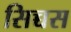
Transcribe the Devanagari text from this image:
सिच्चस